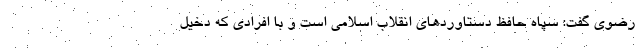
رضوی گفت: سپاه حافظ دستاوردهای انقلاب اسلامی است و با افرادی که دخیل